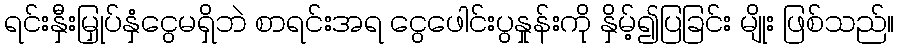
ရင်းနှီးမြှုပ်နှံငွေမရှိဘဲ စာရင်းအရ ငွေဖေါင်းပွနှုန်းကို နှိမ့်၍ပြခြင်း မျိုး ဖြစ်သည်။